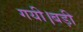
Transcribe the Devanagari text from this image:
गयी।बड़ी